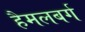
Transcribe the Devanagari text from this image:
हैमलबर्ग